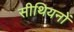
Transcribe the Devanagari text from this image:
सीथियनों